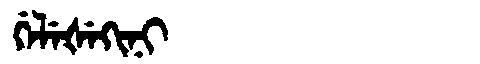
Manchu: ᡤᡝᠯᡝᡧᡝᡴᡳᠨᡳ
Romanization: GELEŠEKINI